Cholera in southern India
Disease focus: Cholera
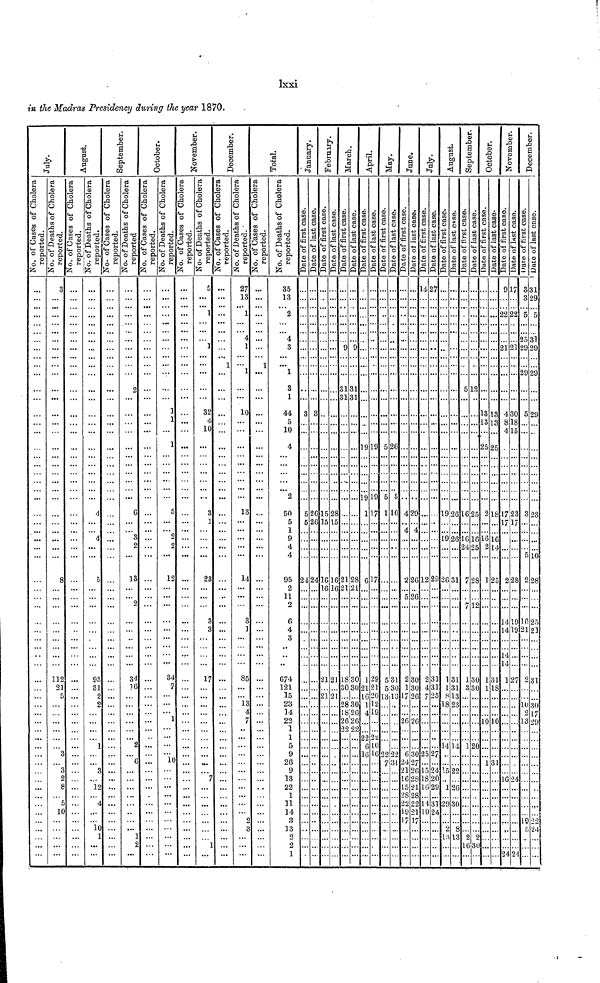
lxxi
in the Madras Presidency during the year 1870.
July.
No. of Cases of Cholera reported.
...
...
...
...
...
...
...
...
...
...
...
...
...
...
...
...
...
...
...
...
...
...
...
...
...
...
...
...
...
...
...
...
...
...
...
...
...
...
...
...
...
...
...
...
...
...
...
...
...
...
...
...
...
...
...
...
...
...
...
...
...
No. of Deaths of Cholera reported.
3
...
...
...
...
...
...
...
...
...
...
...
...
...
...
...
...
...
...
...
...
...
...
...
...
...
...
...
...
8
...
...
...
...
...
...
...
...
...
112
21
...
...
...
...
...
...
...
3
...
3 2
8
...
5
10
...
...
...
...
...
August.
No. of Cases of Cholera reported.
...
...
...
...
...
...
...
...
...
...
...
...
...
...
...
...
...
...
...
...
...
...
...
...
...
...
...
...
...
...
...
...
...
...
...
...
...
...
...
...
...
...
...
...
...
...
...
...
...
...
...
...
...
...
...
...
...
...
...
...
...
No. of Deaths of Cholera reported.
...
...
...
...
...
...
...
...
...
...
...
...
...
...
...
...
...
...
...
...
...
...
...
4
...
...
4
...
...
5
...
...
...
...
...
...
...
...
...
93
31
...
...
...
...
...
...
1
...
...
3
...
12
...
4
...
...
10
1
...
...
September.
No. of Cases of Cholera reported.
...
...
...
...
...
...
...
...
...
...
...
...
...
...
...
...
...
...
...
...
...
...
...
...
...
...
...
...
...
...
...
...
...
...
...
...
...
...
...
...
...
...
...
...
...
...
...
...
...
...
...
...
...
...
...
...
...
...
...
...
...
No. of Deaths of Cholera reported.
...
...
...
...
...
...
...
...
...
...
...
...
...
...
...
...
...
...
...
...
...
...
...
6
...
...
3
2
...
13
...
...
2
...
...
...
...
...
...
34
30
...
...
...
...
...
...
2
...
6
...
...
...
...
...
...
...
...
...
...
...
October.
No. of Cases of Cholera reported.
...
...
...
...
...
...
...
...
...
...
...
...
...
...
...
...
...
...
...
...
...
...
...
...
...
...
...
...
...
...
...
...
...
...
...
...
...
...
...
...
...
...
...
...
...
...
...
...
...
...
...
...
...
...
...
...
...
...
...
...
...
No. of Deaths of Cholera reported.
...
...
...
...
...
...
...
...
...
...
...
...
...
1
1
...
1
...
...
...
...
...
...
5
...
...
2 2
...
12
...
...
...
...
...
...
...
...
...
34
7
...
...
...
1
...
...
...
...
10
...
...
...
...
...
...
...
...
...
...
...
November.
No. of Cases of Cholera reported.
...
...
...
...
...
...
...
...
...
...
...
...
...
...
...
...
...
...
...
...
...
...
...
...
...
...
...
...
...
...
...
...
...
...
...
...
...
...
...
...
...
...
...
...
...
...
...
...
...
...
...
...
...
...
...
...
...
...
...
...
...
No. of Deaths of Cholera reported.
5
...
... 1
...
...
...
...
...
...
...
...
...
32
4
10
...
...
...
...
...
...
...
3
1
...
...
...
...
23
...
...
...
3
3
...
...
...
...
17
...
...
...
...
...
...
...
...
...
...
... 7
...
...
...
...
...
...
...
1
...
December.
No. of Cases of Cholera reported.
...
...
...
...
...
...
...
...
...
1
...
...
...
...
...
...
...
...
...
...
...
...
...
...
...
...
...
...
...
...
...
...
...
...
...
...
...
...
...
...
...
...
...
...
...
...
...
...
...
...
...
...
...
...
...
...
...
...
...
...
...
No. of Deaths of Cholera reported.
27
13
... 1
...
...
4
...
...
...
1
...
...
10
...
...
...
...
...
...
...
...
...
13
...
...
...
...
...
14
...
...
...
3
1
...
...
...
...
85
...
...
13
4
7
...
...
...
...
...
...
...
...
...
...
...
...
...
...
...
...
Total.
No. of Cases of Cholera reported.
...
...
...
...
...
...
...
...
...
1
...
...
...
...
...
...
...
...
...
...
...
...
...
...
...
...
...
...
...
...
...
...
...
...
...
...
...
...
...
...
...
...
...
...
...
...
...
...
...
...
...
...
...
...
...
...
...
...
...
...
...
No. of Deaths of Cholera reported.
35
13
... 2
...
...
4
3
...
...
1
3
1
44
5
10
4
...
...
...
...
...
2
50
5
1
9
4
4
95
2
11
2
6
4
3
...
...
...
674
121
15
23
14
22
1
1
5
9
26
9
13
22
1
11
14
3
13
2
2
1
January.
Date of first case.
...
...
...
...
...
...
...
...
...
...
...
...
...
3
...
...
...
...
...
...
...
...
...
5
5
...
...
...
...
24
...
...
...
...
...
...
...
...
...
...
...
...
...
...
...
...
...
...
...
...
...
...
...
...
...
...
...
...
...
...
...
Date of last case.
...
...
...
...
...
...
...
...
...
...
...
...
...
3
...
...
...
...
...
...
...
...
...
26
26
...
...
...
...
24
...
...
...
...
...
...
...
...
...
...
...
...
...
...
...
...
...
...
...
...
...
...
...
...
...
...
...
...
...
...
...
February.
Date of first case.
...
...
...
...
...
...
...
...
...
...
...
...
...
...
...
...
...
...
...
...
...
...
...
15
15
...
...
...
...
16
16
...
...
...
...
...
...
...
...
21
...
21
...
...
...
...
...
...
...
...
...
...
...
...
...
...
...
...
...
...
...
Date of last case.
...
...
...
...
...
...
...
...
...
...
...
...
...
...
...
...
...
...
...
...
...
...
...
28
15
...
...
...
...
16
16
...
...
...
...
...
...
...
...
21
...
21
...
...
...
...
...
...
...
...
...
...
...
...
...
...
...
...
...
...
...
March.
Date of first case.
...
...
...
...
...
...
...
9
...
...
...
31
31
...
...
...
...
...
...
...
...
...
...
...
...
...
...
...
...
21
21
...
...
...
...
...
...
...
...
18
30
...
28
18
26
22
...
...
...
...
...
...
...
...
...
...
...
...
...
Date of last case.
...
...
...
...
...
...
...
9
...
...
...
31
31
...
...
...
...
...
...
...
...
...
...
...
...
...
...
...
...
28
21
...
...
...
...
...
...
...
...
30
30
...
30
26
26
22
...
...
...
...
...
...
...
...
...
...
...
...
...
April.
Date of first case.
...
...
...
...
...
...
...
...
...
...
...
...
...
...
...
...
19
...
...
...
...
...
19
1
...
...
...
...
...
6
...
...
...
...
...
...
...
...
...
1
21
16
1
4
...
...
22
6
16
...
...
...
...
...
...
...
...
...
...
Date of last case.
...
...
...
...
...
...
...
...
...
...
...
...
...
...
...
...
19
...
...
...
...
...
19
17
...
...
...
...
...
17
...
...
...
...
...
...
...
...
...
29
21
20
12
19
...
...
22
10
16
...
...
...
...
...
...
...
...
...
...
May.
Date of first case.
...
...
...
...
...
...
...
...
...
...
...
...
...
...
...
...
5
...
...
...
...
...
5
1
...
...
...
...
...
...
...
...
...
...
...
...
...
...
...
5
5
13
...
...
...
...
...
...
22
7
...
...
...
...
...
...
...
...
...
Date of last case.
...
...
...
...
...
...
...
...
...
...
...
...
...
...
...
...
26
...
...
...
...
...
5
10
...
...
...
...
...
...
...
...
...
...
...
...
...
...
...
31
30
13
...
...
...
...
...
...
22
31
...
...
...
...
...
...
...
...
...
June.
Date of first case.
...
...
...
...
...
...
...
...
...
...
...
...
...
...
...
...
...
...
...
...
...
...
...
4
...
4
...
...
...
2
...
5
...
...
...
...
...
...
...
2
1
17
...
...
26
...
...
...
6
24
21
16
15
28
17
...
...
...
...
Date of last case.
...
...
...
...
...
...
...
...
...
...
...
...
...
...
...
...
...
...
...
...
...
...
...
29
...
4
...
...
...
26
...
26
...
...
...
...
...
...
...
30
30
26
...
...
26
...
...
...
30
27
26
28
21
28
17
...
...
...
...
July.
Date of first case.
14
...
...
...
...
...
...
...
...
...
...
...
...
...
...
...
...
...
...
...
...
...
...
...
...
...
...
...
...
12
...
...
...
...
...
...
...
...
...
2
4
7
...
...
...
...
...
...
25
...
15
18
16
...
...
...
...
...
...
Date of last case.
27
...
...
...
...
...
...
...
...
...
...
...
...
...
...
...
...
...
...
...
...
...
...
...
...
...
...
...
...
29
...
...
...
...
...
...
...
...
...
31
31
25
...
...
...
...
...
...
27
...
24
20
29
...
...
...
...
...
...
August.
Date of first case.
...
...
...
...
...
...
...
...
...
...
...
...
...
...
...
...
...
...
...
...
...
...
...
19
...
...
19
...
...
26
...
...
...
...
...
...
...
...
...
1
1
8
18
...
...
...
...
14
...
...
15
...
1
...
...
2
13
...
...
Date of last case.
...
...
...
...
...
...
...
...
...
...
...
...
...
...
...
...
...
...
...
...
...
...
...
26
...
...
26
...
...
31
...
...
...
...
...
...
...
...
...
31
31
13
23
...
...
...
...
14
...
...
22...
...
26
...
...
8
13
...
...
September.
Date of first case.
...
...
...
...
...
...
...
...
...
...
...
5
...
...
...
...
...
...
...
...
...
...
...
16
...
...
16
24
...
7
...
...
7
...
...
...
...
...
...
1
3
...
...
...
...
...
...
1
...
...
...
...
...
...
...
...
2
16
...
Date of last case.
...
...
...
...
...
...
...
...
...
...
...
12
...
...
...
...
...
...
...
...
...
...
...
25
...
...
16
25
...
28
...
...
12
...
...
...
...
...
...
31
30
...
...
...
...
...
...
20
...
...
...
...
...
...
...
...
2
30
...
October.
Date of first case.
...
...
...
...
...
...
...
...
...
...
...
...
...
13
13
...
25
...
...
...
...
...
...
2
...
...
16
2
...
1
...
...
...
...
...
...
...
...
...
1
1
...
...
...
10
...
...
...
...
1
...
...
...
...
...
...
...
...
...
Date of last case.
...
...
...
...
...
...
...
...
...
...
...
...
...
13
13
...
25
...
...
...
...
...
...
18
...
...
16
14
...
25
...
...
...
...
...
...
...
...
...
31
18
...
...
...
10
...
...
...
...
31
...
...
...
...
...
...
...
...
...
November.
Date of first case.
9
...
...
22
...
...
...
21
...
...
...
...
...
4
8
4
...
...
...
...
...
...
...
17
17
...
...
...
...
2
...
...
...
14
14
...
...
14
14
1
...
...
...
...
...
...
...
...
...
...
...
16
...
...
...
...
...
...
...
Date of last case.
17
...
...
22
...
...
...
21
...
...
...
...
...
30
18
15
...
...
...
...
...
...
...
23
17
...
...
...
...
28
...
...
...
19
19
...
...
...
...
27
...
...
...
...
...
...
...
...
...
...
...
24
...
...
...
...
...
...
...
December.
Date of first case.
3
3
...
5
...
...
25
29
...
...
29
...
...
5
...
...
...
...
...
...
...
...
...
3
...
...
...
...
5
2
...
...
...
16
21
...
...
...
...
2
...
...
10
2
13
...
...
...
...
...
...
...
...
...
19
5
...
...
...
Date of last case.
31
29
...
5
...
...
31
29
...
...
29
...
...
29
...
...
...
...
...
...
...
...
...
23
...
...
...
...
10
28
...
...
...
25
21
...
...
...
...
31
...
...
30
17
29
...
...
...
...
...
...
...
...
...
22
24
...
...
...